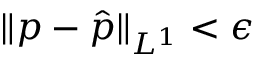
\| p - \hat { p } \| _ { L ^ { 1 } } < \epsilon